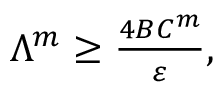
\begin{array} { r } { \Lambda ^ { m } \ge \frac { 4 B C ^ { m } } { \varepsilon } , } \end{array}